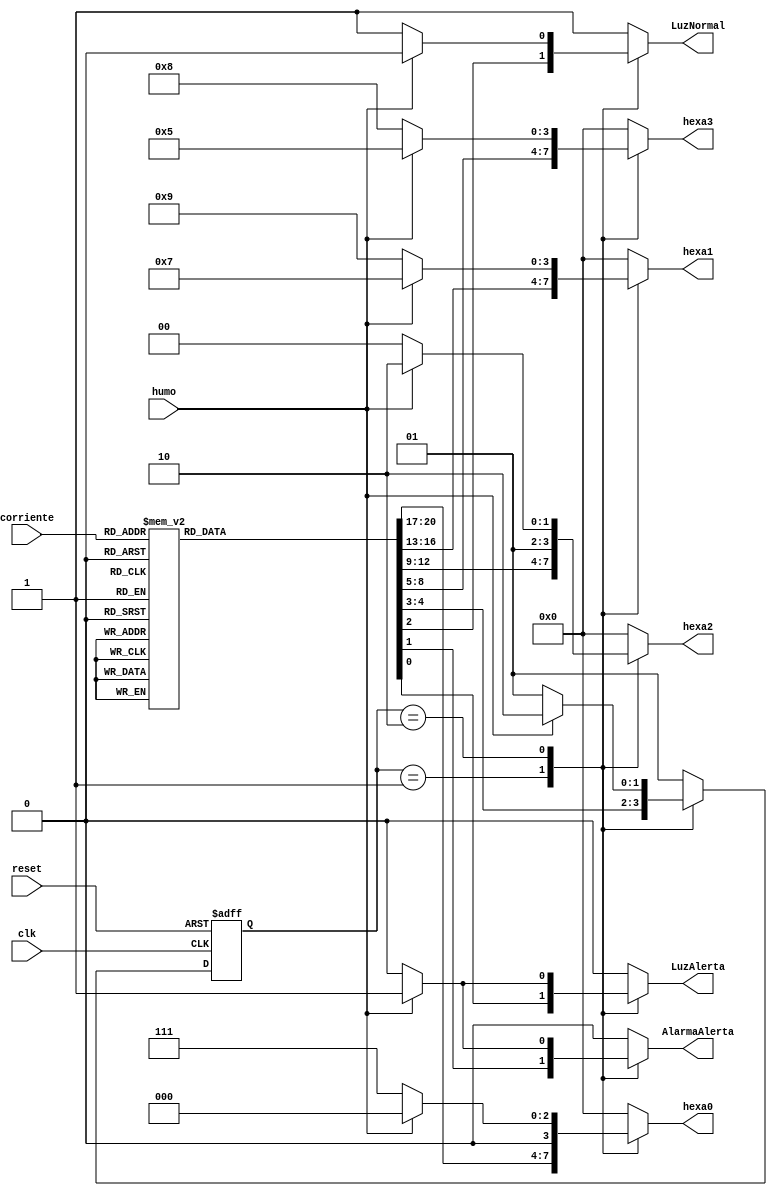
`timescale 1ns / 1ps
//////////////////////////////////////////////////////////////////////////////////
// Company: 
// Engineer: 
// 
// Design Name: 
// Module Name:    FSM 
// Project Name: 
// Target Devices: 
// Tool versions: 
// Description: 
//
// Dependencies: 
//
// Revision: 
// Revision 0.01 - File Created
// Additional Comments: 
//
//////////////////////////////////////////////////////////////////////////////////
module FSM
#(parameter N = 3)
	(
	input wire clk, reset, //	Clock y reset
	input wire humo,// Banderas de entrada
	input wire [N-1:0] corriente,
	output reg LuzNormal,LuzAlerta,AlarmaAlerta,// Salidas, definidas como reg
	output reg [3:0] hexa3,hexa2,hexa1,hexa0 //numeros en hexa
);

//*********************************************************

localparam [1:0] // Codificacion de los estados o etiquetas 
	inicio = 2'b00,
	estado_1 = 2'b01,
	estado_2 = 2'b10,
	estado_3 = 2'b11;

reg [1:0] estado, estado_proximo; // Reg, estado actual y siguiente 




//*********************************************************
//Parte Secuencial

always@(posedge clk, posedge reset)
	if (reset)
		estado <= inicio;
	else
		estado <= estado_proximo;


//*********************************************************

//Parte Combinacional
always@*
begin
   		
	estado_proximo = estado;
	LuzNormal = 1'b0;
	LuzAlerta = 1'b0;
	AlarmaAlerta = 1'b0;
	hexa3 = 4'h0;
	hexa2 = 4'h0;
	hexa1 = 4'h0;
	hexa0 = 4'h0;
	
	case(estado)

		inicio:
			begin
				LuzNormal = 1'b1;
				estado_proximo = estado_1;
				hexa3 = 4'h0;
				hexa2 = 4'h0;
				hexa1 = 4'h0;
				hexa0 = 4'h0;
			end
			
		estado_1:
			begin
			case (corriente)
			
				3'b000 : begin
					LuzNormal = 1'b1;
					estado_proximo = estado_2;
					hexa3 = 4'h8;
					hexa2 = 4'h4;
					hexa1 = 4'h9;
					hexa0 = 4'h7;
				end
				
				3'b001 : begin
					LuzNormal = 1'b1;
					estado_proximo = estado_2;
					hexa3 = 4'h8;
					hexa2 = 4'h4;
					hexa1 = 4'h9;
					hexa0 = 4'h7;
				end
				
				3'b010 : begin
					LuzNormal = 1'b1;
					estado_proximo = estado_2;
					hexa3 = 4'h8;
					hexa2 = 4'h4;
					hexa1 = 4'h9;
					hexa0 = 4'h7;
				end
				
				3'b011 : begin
					LuzNormal = 1'b1;
					estado_proximo = estado_2;
					hexa3 = 4'h8;
					hexa2 = 4'h4;
					hexa1 = 4'h9;
					hexa0 = 4'h7;
				end
				
				3'b100 : begin
					LuzAlerta = 1'b1;
					AlarmaAlerta = 1'b1;
					estado_proximo = estado_1;
					hexa3 = 4'h1;
					hexa2 = 4'h2;
					hexa1 = 4'h3;
					hexa0 = 4'h4;
				end
				
				3'b101 : begin
					LuzAlerta = 1'b1;
					AlarmaAlerta = 1'b1;
					estado_proximo = estado_1;
					hexa3 = 4'h1;
					hexa2 = 4'h2;
					hexa1 = 4'h3;
					hexa0 = 4'h4;
				end
				
				3'b110 : begin
					LuzAlerta = 1'b1;
					AlarmaAlerta = 1'b1;
					estado_proximo = estado_1;
					hexa3 = 4'h1;
					hexa2 = 4'h2;
					hexa1 = 4'h3;
					hexa0 = 4'h4;
				end
				
				3'b111 : begin
					LuzAlerta = 1'b1;
					AlarmaAlerta = 1'b1;
					estado_proximo = estado_1;
					hexa3 = 4'h1;
					hexa2 = 4'h2;
					hexa1 = 4'h3;
					hexa0 = 4'h4;
				end
				
				default: begin
					LuzNormal = 1'b1;
					estado_proximo = estado_2;
					hexa3 = 4'h8;
					hexa2 = 4'h4;
					hexa1 = 4'h9;
					hexa0 = 4'h7;
				end
				endcase
				end
								
		estado_2:
			begin
			if(humo == 1'b1) 
				begin
					estado_proximo = estado_2;
					LuzAlerta = 1'b1; 
					AlarmaAlerta = 1'b1;
					hexa3 = 4'h5;
					hexa2 = 4'h6;
					hexa1 = 4'h7;
					hexa0 = 4'h0;
				end
			else begin
					estado_proximo = estado_1;
					LuzNormal = 1'b1;
					hexa3 = 4'h8;
					hexa2 = 4'h4;
					hexa1 = 4'h9;
					hexa0 = 4'h7;					
				end
			end
			
		default:begin
					LuzNormal = 1'b1;
					estado_proximo = estado_1;
					hexa3 = 4'h0;
					hexa2 = 4'h0;
					hexa1 = 4'h0;
					hexa0 = 4'h0;
				end
			endcase
end
endmodule